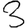
Digit: 3